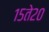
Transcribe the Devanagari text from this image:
१५ते२०